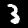
Label: 3